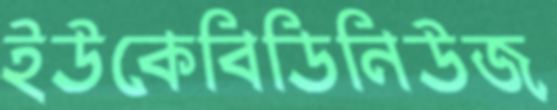
ইউকেবিডিনিউজ